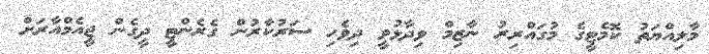
މާލިއްޔަތު ކޮމެޓީގެ މުގައްރިރު ނާޒިމް ވިދާޅުވީ ދިވެހި ސަރުކާރުން ގެރެންޓީ ދީގެން ޖީއެމްއާރަށް